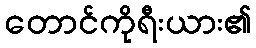
တောင်ကိုရီးယား၏